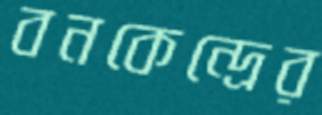
বনকেন্দ্রের